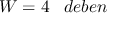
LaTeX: W = 4 \; \; \; d e b e n